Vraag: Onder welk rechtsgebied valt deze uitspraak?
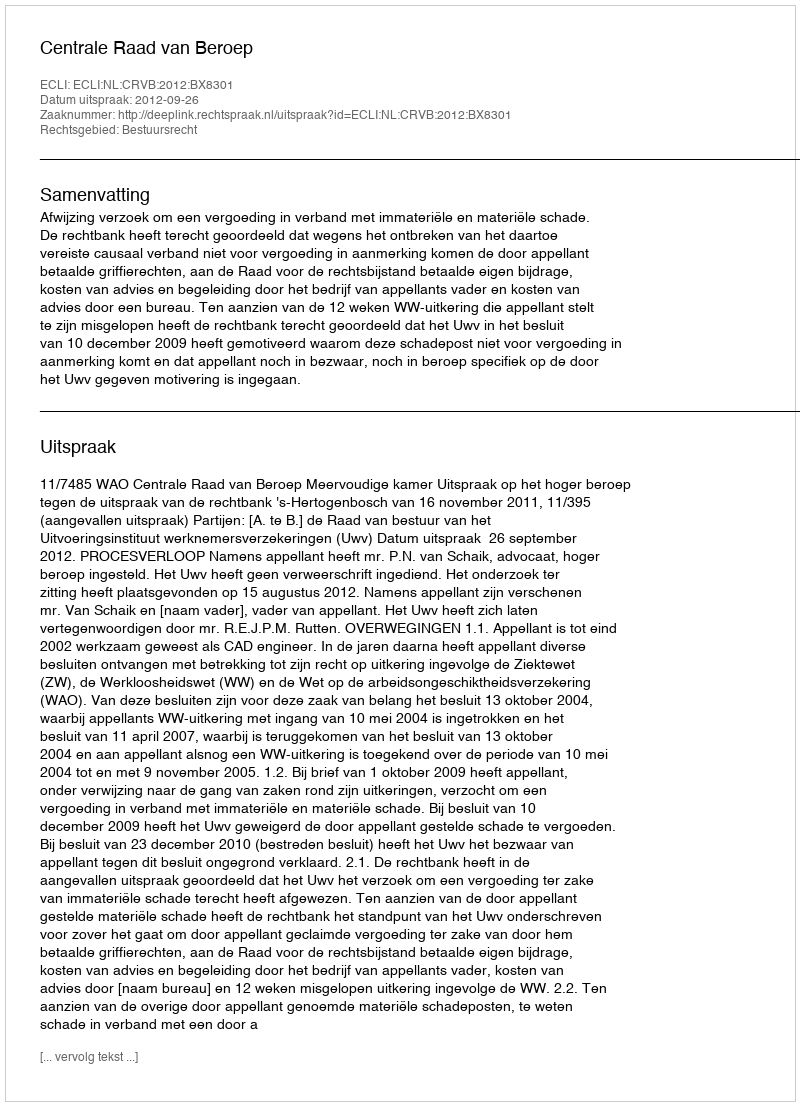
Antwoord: Bestuursrecht